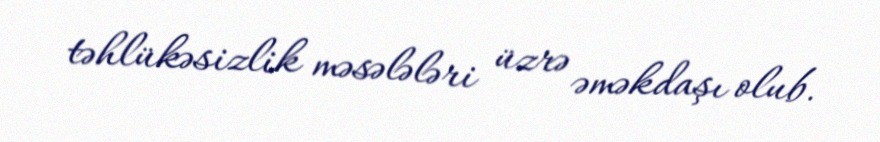
təhlükəsizlik məsələləri üzrə əməkdaşı olub.